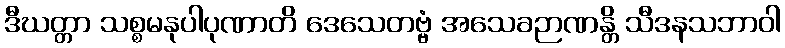
ဒီဃတ္တာ သစ္စမနုပါပုဏာတိ ဒေသေတဗ္ဗံ အသေခဉာဏန္တိ သီဒနသဘာဝါ